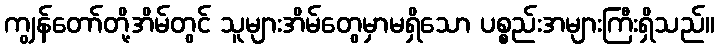
ကျွန်တော်တို့အိမ်တွင် သူများအိမ်တွေမှာမရှိသော ပစ္စည်းအများကြီးရှိသည်။